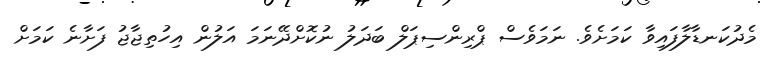
މެދުކަނޑާލާފައިވާ ކަމަށެވެ. ނަމަވެސް ޕްރިންސިޕަލް ބަދަލު ނުކޮށްދޭނަމަ އަލުން އިހުތިޖާޖު ފަށާނެ ކަމަށް